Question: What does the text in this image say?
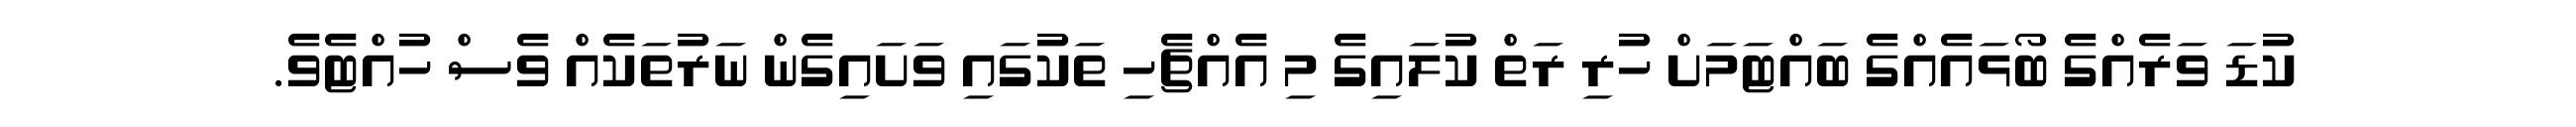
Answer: ކުޑަ ވަރެއްގެ ބޯޅައެއްގެ ބައްޓަމަށް ހުރި ރަތް ކުލައިގެ މި އެއްޗެހި ތަކުގައި ވަށައިގެން ނަރުތަކެއް ވެސް ހުއްޓެވެ.